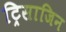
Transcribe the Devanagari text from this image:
ट्रिसाजिन